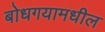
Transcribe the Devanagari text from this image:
बोधगयामधील